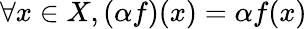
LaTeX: \forall x\in X,(\alpha f)(x)=\alpha f(x)